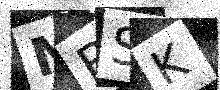
Text: MBSK